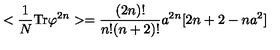
< { \frac { 1 } { N } } \mathrm { T r } \varphi ^ { 2 n } > = { \frac { ( 2 n ) ! } { n ! ( n + 2 ) ! } } a ^ { 2 n } [ 2 n + 2 - n a ^ { 2 } ]